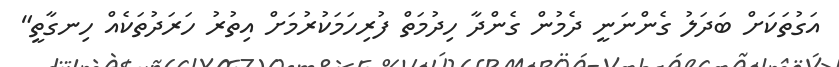
އަގުތަކަށް ބަދަލު ގެންނަނީ ދެމުން ގެންދާ ހިދުމަތް ފުރިހަމަކުރުމަށް އިތުރު ހަރަދުތަކެއް ހިނގާތީ"